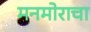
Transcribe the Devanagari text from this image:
मनमोराचा